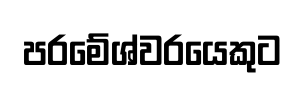
පරමේශ්වරයෙකුට